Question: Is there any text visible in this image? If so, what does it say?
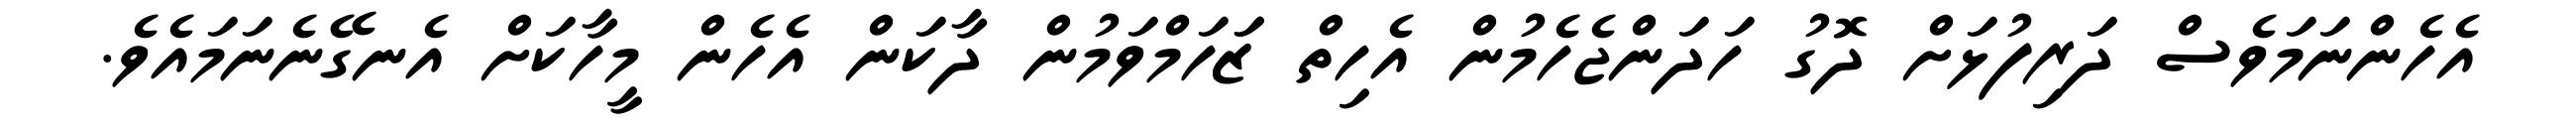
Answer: އެހެންނަމަވެސް ދަރިފުޅަށް ދޮގު ހަދަންޖެހެމުން އެހިތް ޒަަހަމްވަމުން ދާކަން އެހެން މީހާކަށް އެނގޭނެނަމައެވެ.